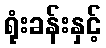
ရုံးခန်းနှင့်